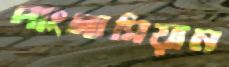
পাংগাসিয়ান